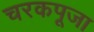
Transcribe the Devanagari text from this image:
चरकपूजा